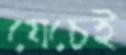
যেচেই